Annual report on the lock hospitals of the Madras Presidency
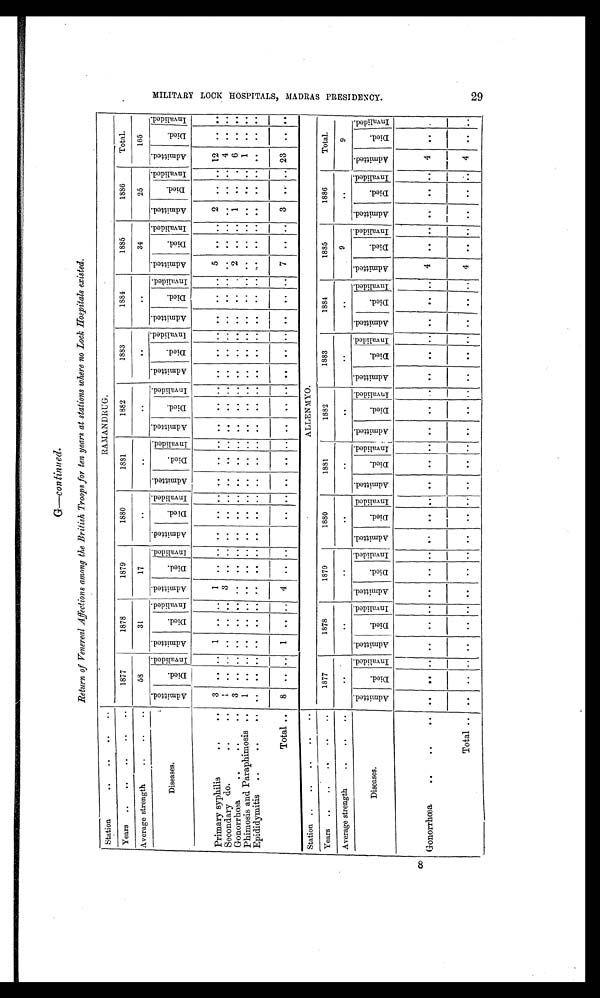
8
G—continued.
Return of Venereal Affections among the British Troops for ten years at stations where no Lock Hospitals existed.
Station
..
..
..
. .
RAMANDRUG.
Total.
Years ..
..
..
..
..
1877
1878
1879
1880
1881
1882
1883
1884
1885
1886
Average strength
..
..
.
58
31
17
. .
. .
..
. .
. .
34
25
165
D i s e a s e s .
A d m i t t e d .
D i e d .
I n v a l i d e d . A d m i t t e d .
D i e d .
I n v a l i d e d . A d m i t t e d .
D i e d .
I n v a l i d e d .
A d m i t t e d .
Di ed.
I n v a l i d e d .
A d m i t t e d .
D i e d .
I nv al i ded. A d mi t t e d .
D i e d .
I n v a l i d e d .
Admi t t ed.
Died.
I n v a l i d e d . A d m i t t e d .
D i e d .
I n v a l i d e d .
Admi t t ed.
D i e d .
I n v a l i d e d .
A d m i t t e d .
Di ed.
I n v a l i d e d .
A d m i t t e d .
D i e d .
I nva l i de d.
Primary syphilis
..
..
3
.. ..
1
.. ..
1
.. .. ..
.. .. ..
.. .. ..
.. .. .. .. .. . .
.. ..
5 .. ..
2 .. .. 12 .. ..
Secondary do.
..
..
1
. . .. .. .. ..
3
.. .. ..
.. .. ..
. . .. ..
.. .. ..
.. .. . .
.. ..
..
.. ..
.. .. .. 4 .. ..
Gonorrhœa .. ..
. .
3 .. ..
. .
.. .. ..
.. .. ..
. . .. ..
.. .. ..
.. .. ..
.. .. . .
..
.. 2 .. .. 1 .. . 6 .. ..
Phimosis and Paraphimosis ..
1
. . .. . .
.. .. ..
.. .. ..
.. .. ..
.. .. ..
.. .. ..
.. .. . .
.. .. ..
.. ..
.. .. ..
1
.. ..
Epididymitis
..
..
..
. .
. . .. . . .. .. ..
.. .. ..
.. .. ..
.. .. ..
.. .. .. .. .. .. .. .. ..
.. ..
.. .. .. .. .. ..
Total..
8 .. .. 1 .. .. 4 .. .. ..
.. .. ..
.. .. ..
.. .. ..
.. .. .. .. ..
7 .. .. 3 .. .. 23
. . ..
Station ..
..
..
..
ALLENMYO.
Total.
Years ..
..
..
..
..
1877
1878
1879
1880
1881
1882
1883
1884
1885
1886
Average strength
..
..
..
. .
. .
. .
. .
. .
. .
. .
. .
9
. .
9
Diseases.
A d m i t t e d .
D i e d .
I n v a l i d e d .
A d m i t t e d .
Di ed.
I n v a l i d e d . A d m i t t e d .
D i e d .
I n v a l i d e d . Admi t t e d.
D i e d .
I n v a l i d e d . Ad mi t t e d .
Di ed.
I n v a l i d e d . Admi t t e d.
Died.
I n v a l i d e d .
A d m i t t e d .
D i e d .
I n v a l i d e d . Admi t t e d.
D i e d .
I n v a l i d e d .
A d m i t t e d .
D i e d .
I n v a l i d e d .
A d m i t t e d .
Di ed.
I n v a l i d e d .
A d m i t t e d .
D i e d .
I nva l i de d.
Gonorrhœa
..
..
.. ..
.. .. ..
..
.. ..
..
. . ..
. .
. . ..
.. .. ..
.. ..
. . .. .. ..
.. .. 4
. . ..
. . ..
. . 4
.. ..
Total.. . .
. .
. .
.. ..
..
..
..
..
..
..
. . .. ..
. .
..
..
. .
. .
..
. . ..
..
..
4
.. .. ..
.. .. 4
.. ..
M I L I T A R Y L O C K H O S P I T A L S , M A D R A S P R E S I D E N C Y . 2 9